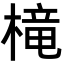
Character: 槞